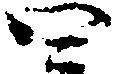
四